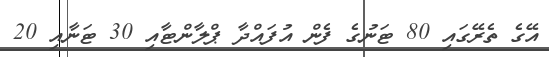
އޭގެ ތެރޭގައި 80 ޓަނުގެ ފެން އުފައްދާ ޕްލާންޓާއި 30 ޓަނާއި 20